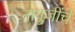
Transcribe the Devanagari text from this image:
नागुजींचे